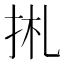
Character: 𢫄